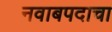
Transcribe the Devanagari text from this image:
नवाबपदाचा